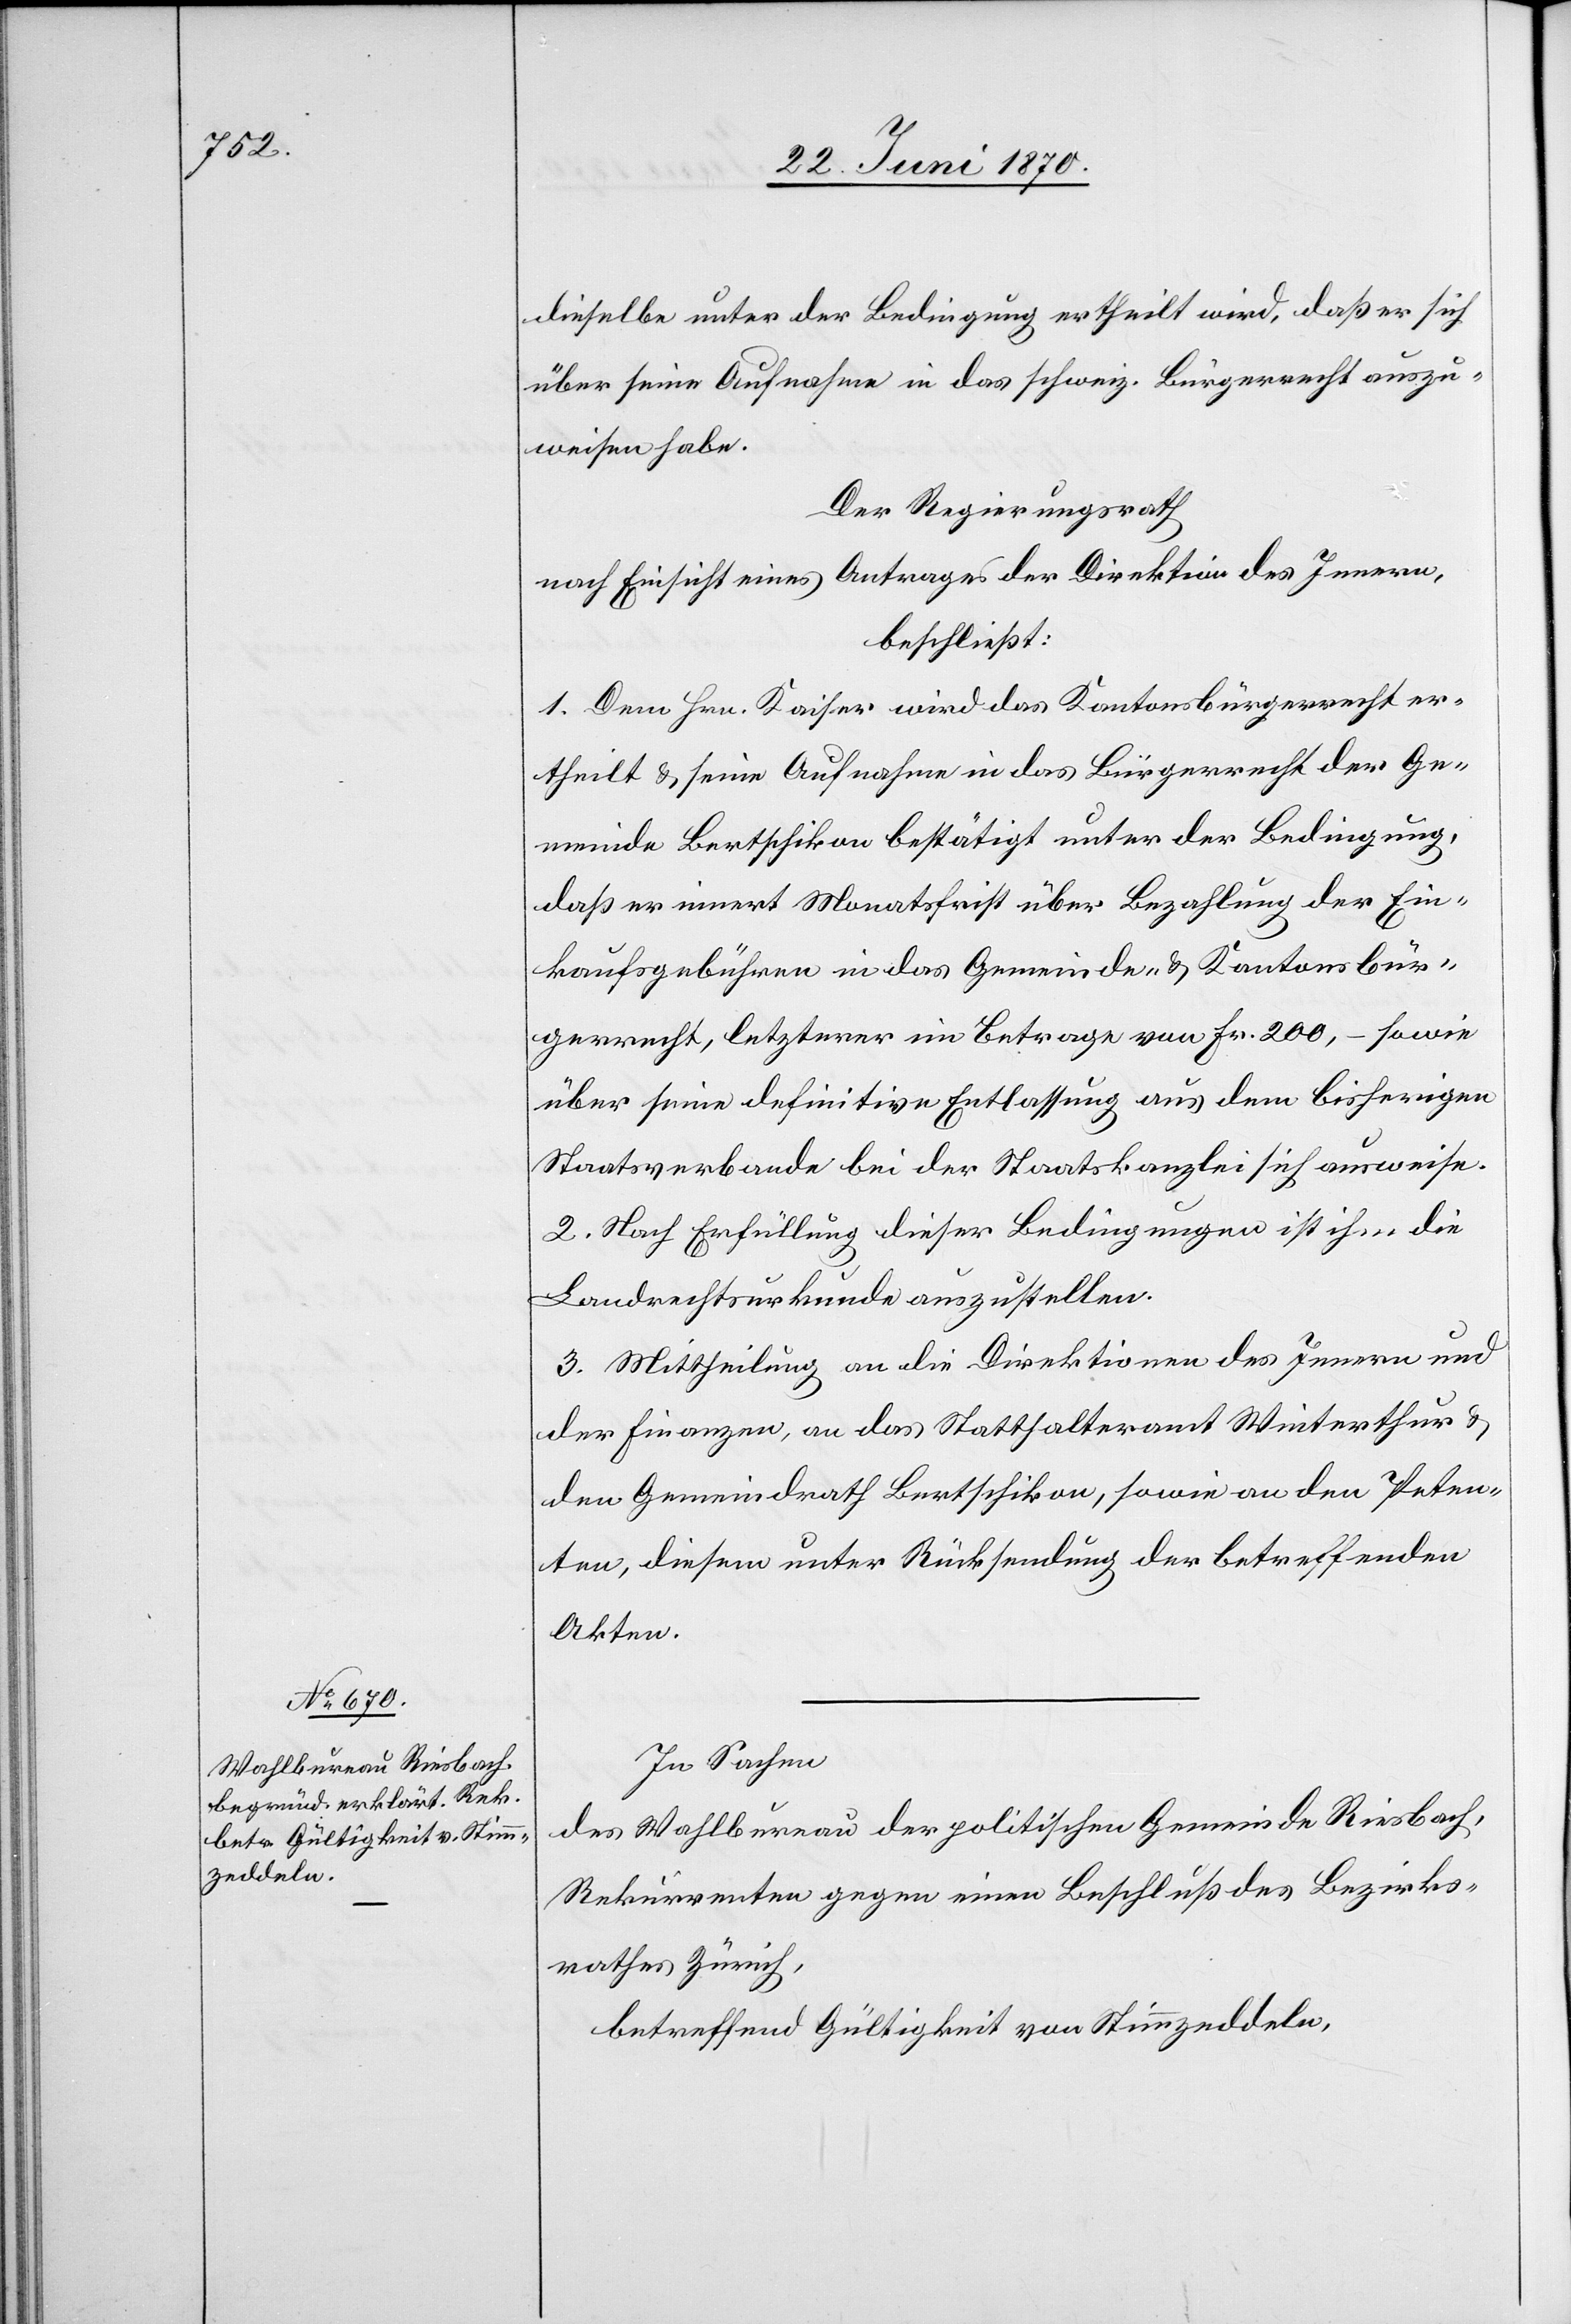
In Sachen
des Wahlbureau der politischen Gemeinde Riesbach,
Rekurrenten gegen einen Beschluß des Bezirks¬
rathes Zürich,
betreffend Gültigkeit von Stimmzeddeln,